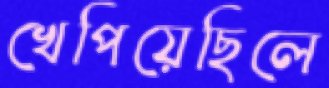
খেপিয়েছিলে